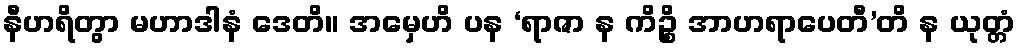
နီဟရိတွာ မဟာဒါနံ ဒေတိ။ အမှေဟိ ပန ‘ရာဇာ န ကိဉ္စိ အာဟရာပေတီ’တိ န ယုတ္တံ